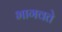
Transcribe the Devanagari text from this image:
भागवते